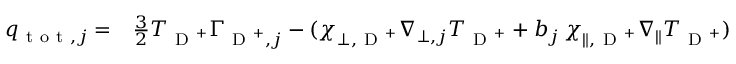
\begin{array} { r l } { q _ { \mathrm { ~ t ~ o ~ t ~ } , j } = } & { { } \frac { 3 } { 2 } T _ { \mathrm { ~ D ~ } ^ { + } } \Gamma _ { \mathrm { ~ D ~ } ^ { + } , j } - ( \chi _ { \perp , \mathrm { ~ D ~ } ^ { + } } \nabla _ { \perp , j } T _ { \mathrm { ~ D ~ } ^ { + } } + b _ { j } \, \chi _ { \| , \mathrm { ~ D ~ } ^ { + } } \nabla _ { \| } T _ { \mathrm { ~ D ~ } ^ { + } } ) } \end{array}